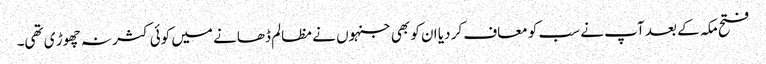
فتح مکہ کے بعد آپ نے سب کو معاف کر دیا ان کو بھی جنہوں نے مظالم ڈھانے میں کوئی کثر نہ چھوڑ ی تھی۔